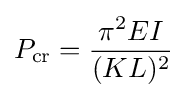
P_{\text{cr}}={\frac {\pi ^{2}EI}{(KL)^{2}}}